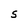
Character: S